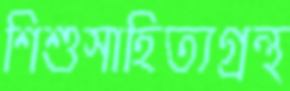
শিশুসাহিত্যগ্রন্থ